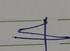
Signature authenticity: forged